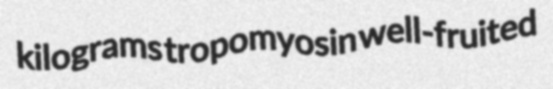
kilograms tropomyosin well-fruited